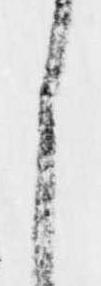
く